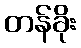
တန်ခိုး